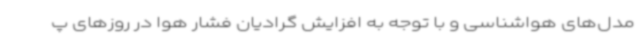
مدل‌های هواشناسی و با توجه به افزایش گرادیان فشار هوا در روزهای پ